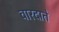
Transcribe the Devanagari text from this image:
वारदाते